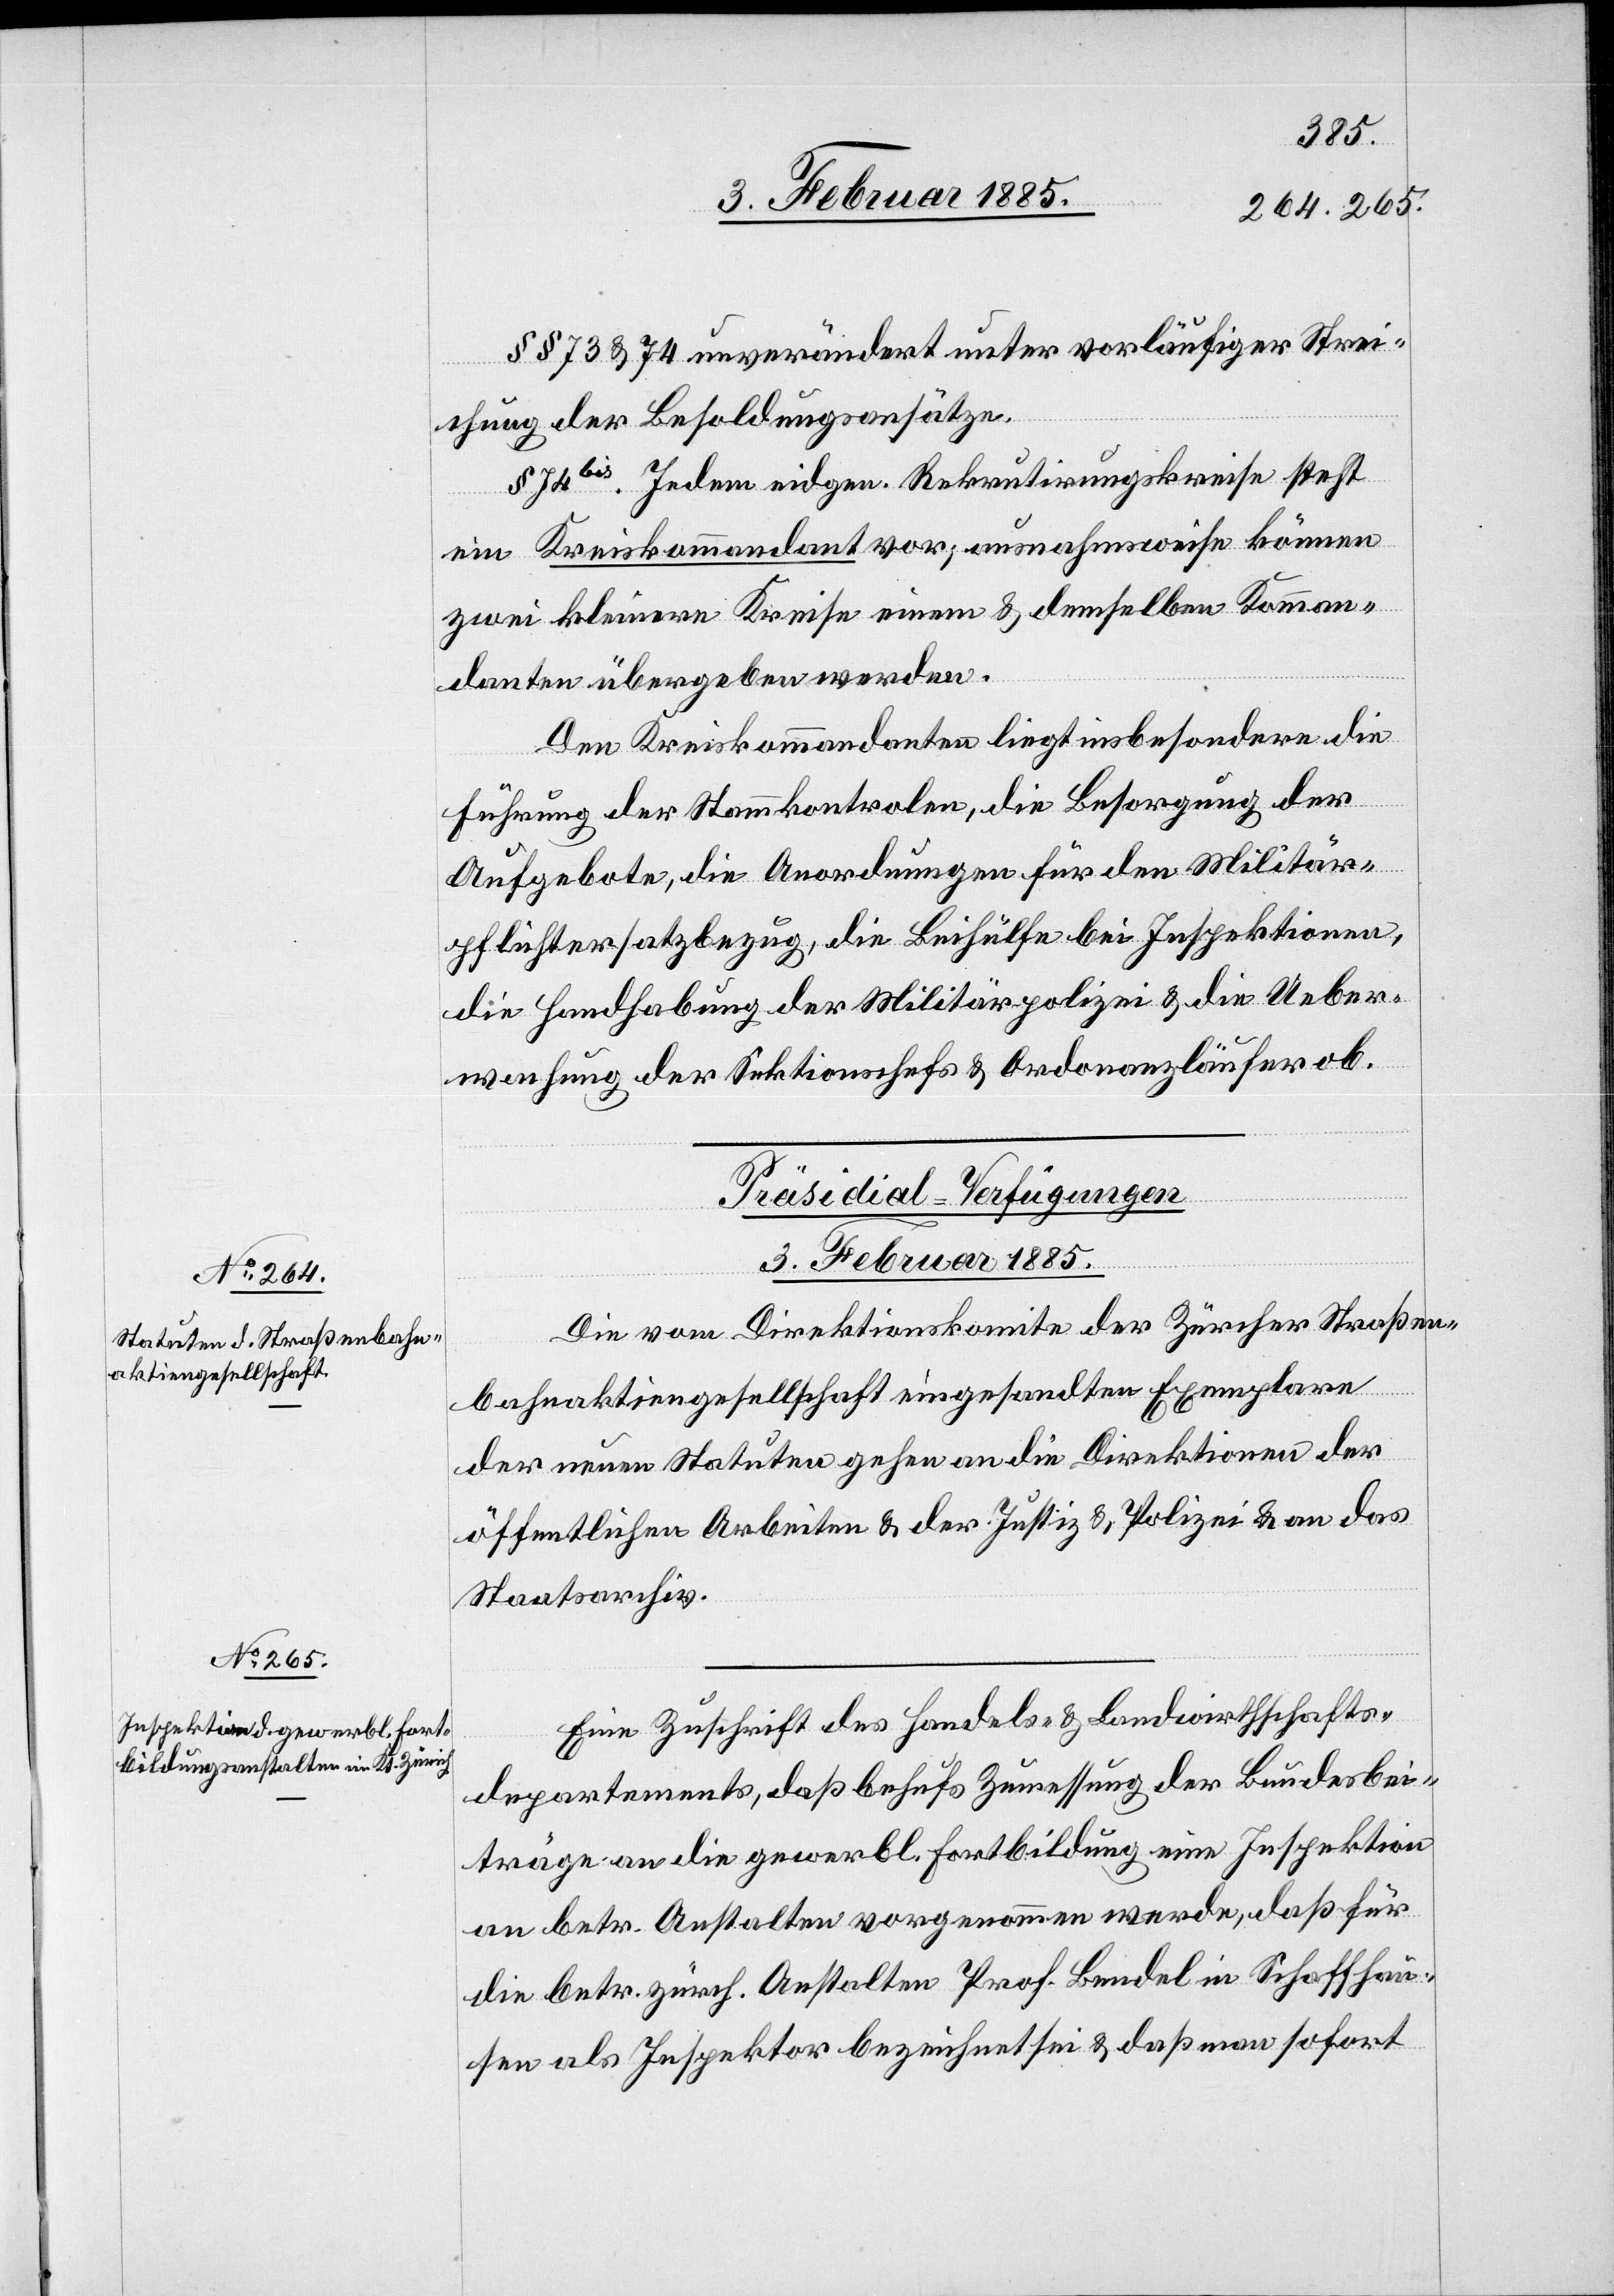
§§ 73 & 74 unverändert unter vorläufiger Strei¬
chung der Besoldungsansätze.
§ 74bis. Jedem eidgen. Rekrutirungskreise steht
ein Kreiskommandant vor; ausnahmsweise können
zwei kleinere Kreise einem & demselben Komman¬
danten übergeben werden.
Den Kreiskommandanten liegt insbesondere die
Führung der Stammkontrolen, die Besorgung der
Aufgebote, die Anordnungen für den Militär¬
pflichtersatzbezug, die Beihülfe bei Inspektionen,
die Handhabung der Militärpolizei & die Ueber¬
wachung der Sektionschefs & Ordonanzläufer ob.
[Präsidial-Verfügungen
3. Februar 1885]
Die vom Direktionskomite der Zürcher Straßen¬
bahnaktiengesellschaft eingesandten Exemplare
der neuen Statuten gehen an die Direktion der
öffentlichen Arbeiten & der Justiz & Polizei & an das
Staatsarchiv.
Eine Zuschrift des Handels- & Landwirthschafts¬
departements, daß behufs Zumessung der Bundesbei¬
träge an die gewerbl. Fortbildung eine Inspektion
an betr. Anstalten vorgenommen werde, daß für
die betr. zürch. Anstalten Prof. Bendel in Schaffhau¬
sen als Inspektor bezeichnet sei & daß man sofort